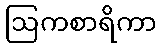
ဩကစာရိကာ